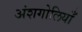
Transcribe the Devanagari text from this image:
अंशगोलियाँ